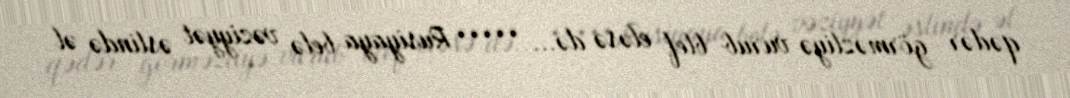
qədər görməzliyə vurub blef eləsə də... ***** Rusiyaya belə vəziyyət əslində əl